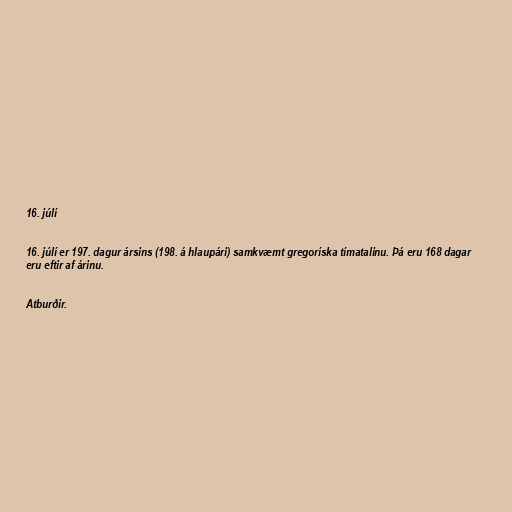
16. júlí

16. júlí er 197. dagur ársins (198. á hlaupári) samkvæmt gregoríska tímatalinu. Þá eru 168 dagar
eru eftir af árinu.

Atburðir.